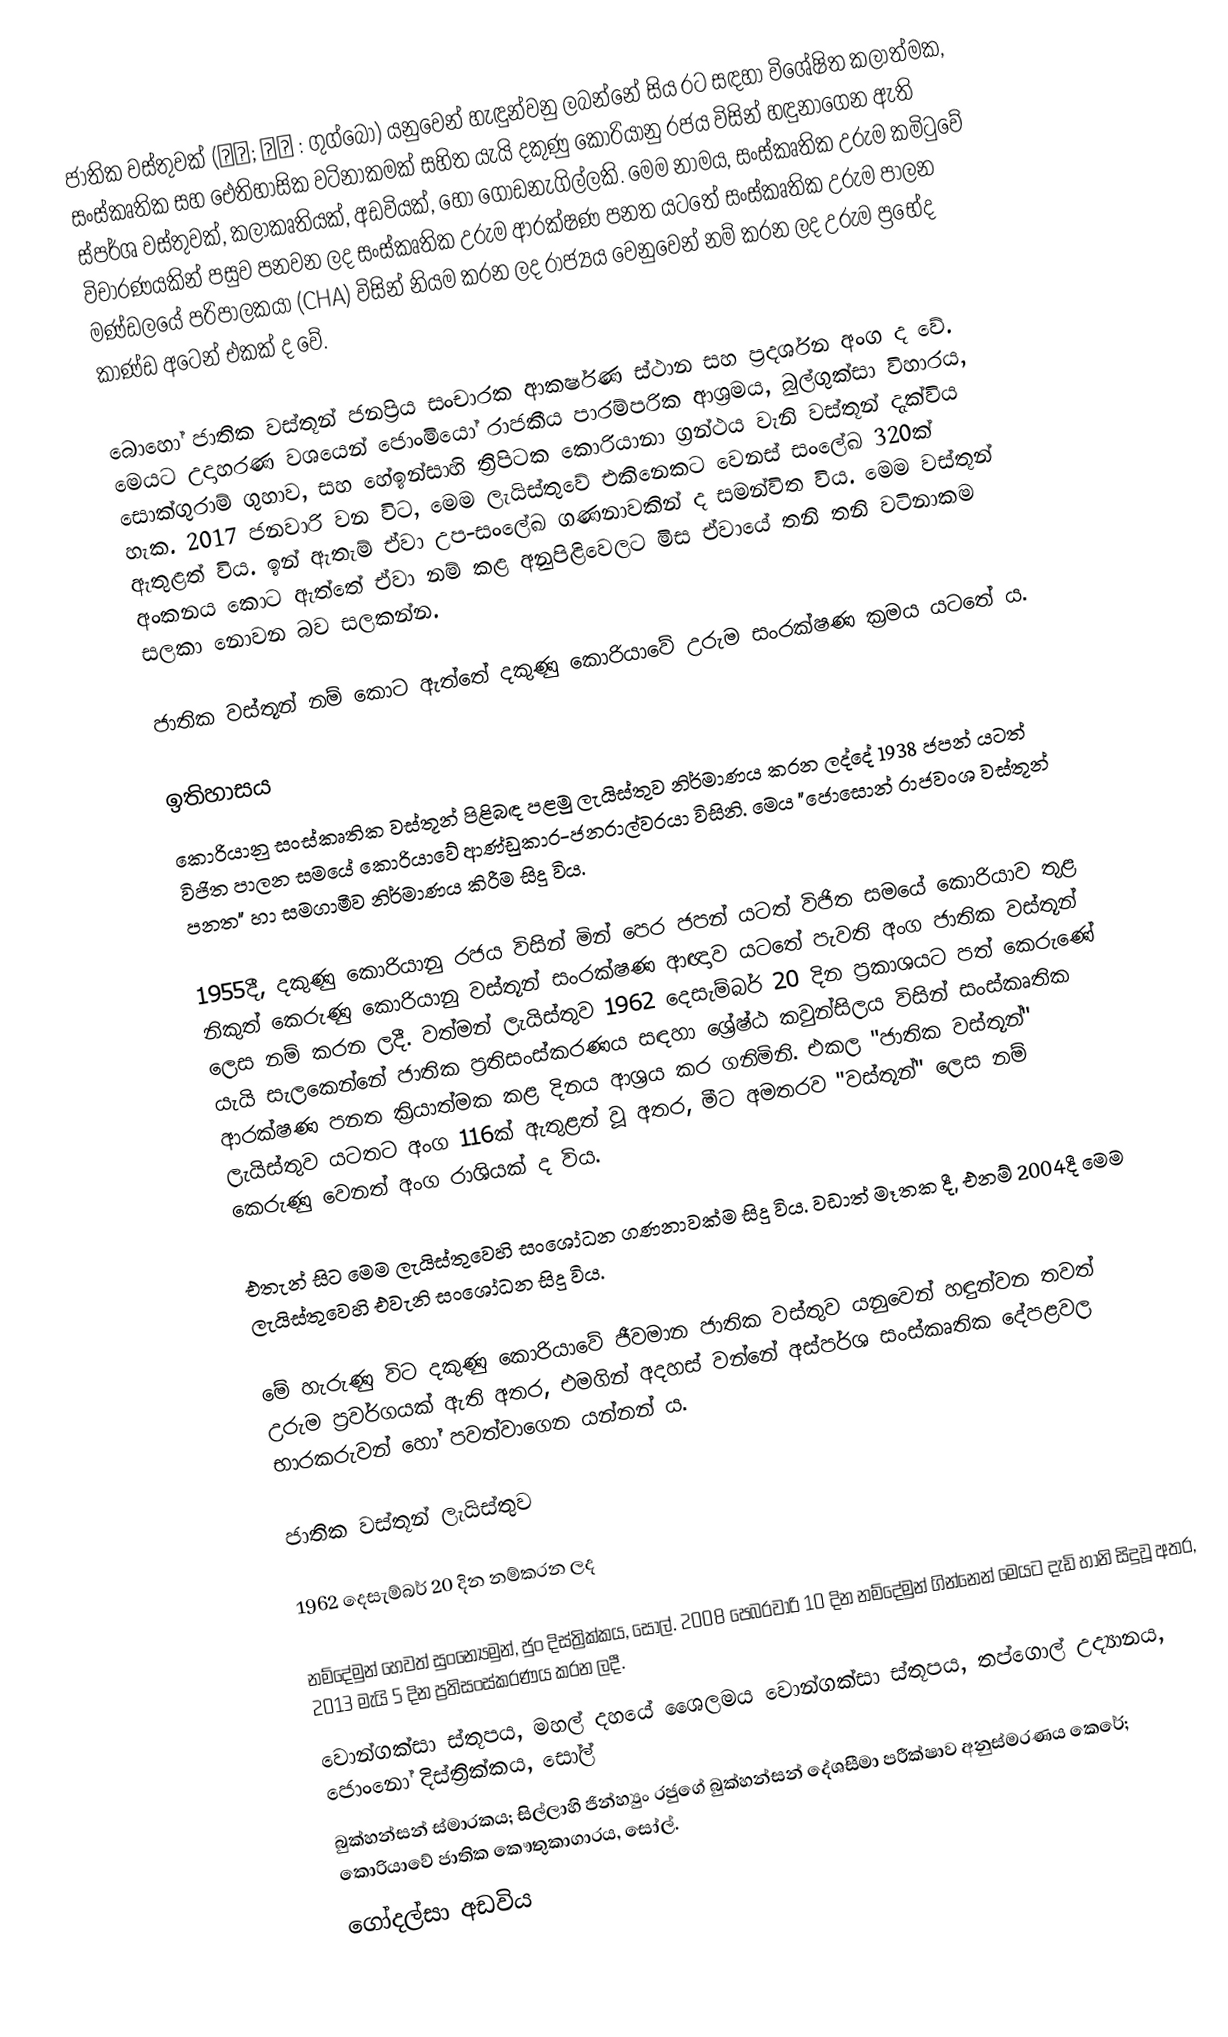
ජාතික වස්තුවක් (국보; 國寶 : ගුග්බෝ) යනුවෙන් හැඳුන්වනු ලබන්නේ සිය රට සඳහා විශේෂිත කලාත්මක, සංස්කෘතික සහ ඓතිහාසික වටිනාකමක් සහිත යැයි දකුණු කොරියානු රජය විසින් හඳුනාගෙන ඇති ස්පර්ශ වස්තුවක්, කලාකෘතියක්, අඩවියක්, හෝ ගොඩනැගිල්ලකි‍. මෙම නාමය, සංස්කෘතික උරුම කමිටුවේ විචාරණයකින් පසුව පනවන ලද සංස්කෘතික උරුම ආරක්ෂණ පනත යටතේ සංස්කෘතික උරුම පාලන මණ්ඩලයේ පරිපාලකයා (CHA) විසින් නියම කරන ලද රාජ්‍යය වෙනුවෙන් නම් කරන ලද උරුම ප්‍රභේද කාණ්ඩ අටෙන් එකක් ද වේ.

බොහෝ ජාතික වස්තූන් ජනප්‍රිය සංචාරක ආකර්ෂණ ස්ථාන සහ ප්‍රදර්ශන අංග ද වේ. මෙයට උදාහරණ වශයෙන් ජොංමියෝ රාජකීය පාරම්පරික ආශ්‍රමය, බුල්ගුක්සා විහාරය, සොක්ගුරාම් ගුහාව, සහ හේඉන්සාහි ත්‍රිපිටක කොරියානා ග්‍රන්ථය වැනි වස්තූන් දැක්විය හැක. 2017 ජනවාරි වන විට, මෙම ලැයිස්තුවේ එකිනෙකට වෙනස් සංලේඛ 320ක් ඇතුළත් විය. ඉන් ඇතැම් ඒවා උප-සංලේඛ ගණනාවකින් ද සමන්විත විය. මෙම වස්තූන් අංකනය කොට ඇත්තේ ඒවා නම් කළ අනුපිළිවෙලට මිස ඒවායේ තනි තනි වටිනාකම සලකා නොවන බව සලකන්න.

ජාතික වස්තූන් නම් කොට ඇත්තේ දකුණු කොරියාවේ උරුම සංරක්ෂණ ක්‍රමය යටතේ ය.

ඉතිහාසය
කොරියානු සංස්කෘතික වස්තූන් පිළිබඳ පළමු ලැයිස්තුව නිර්මාණය කරන ලද්දේ 1938 ජපන් යටත් විජිත පාලන සමයේ කොරියාවේ ආණ්ඩුකාර-ජනරාල්වරයා විසිනි. මෙය "ජොසොන් රාජවංශ වස්තූන් පනත" හා සමගාමීව නිර්මාණය කිරීම සිදු විය.

1955දී, දකුණු කොරියානු රජය විසින් මින් පෙර ජපන් යටත් විජිත සමයේ කොරියාව තුළ නිකුත් කෙරුණු කොරියානු වස්තූන් සංරක්ෂණ ආඥාව යටතේ පැවති අංග ජාතික වස්තූන් ලෙස නම් කරන ලදී. වත්මන් ලැයිස්තුව 1962 දෙසැම්බර් 20 දින ප්‍රකාශයට පත් කෙරුණේ යැයි සැලකෙන්නේ ජාතික ප්‍රතිසංස්කරණය සඳහා ශ්‍රේෂ්ඨ කවුන්සිලය විසින් සංස්කෘතික ආරක්ෂණ පනත ක්‍රියාත්මක කළ දිනය ආශ්‍රය කර ගනිමිනි. එකල "ජාතික වස්තූන්" ලැයිස්තුව යටතට අංග 116ක් ඇතුළත් වූ අතර, මීට අමතරව "වස්තූන්" ලෙස නම් කෙරුණු වෙනත් අංග රාශියක් ද විය.

එතැන් සිට මෙම ලැයිස්තුවෙහි සංශෝධන ගණනාවක්ම සිදු විය. වඩාත් මෑතක දී, එනම් 2004දී  මෙම ලැයිස්තුවෙහි එවැනි සංශෝධන සිදු විය.

මේ හැරුණු විට දකුණු කොරියාවේ ජීවමාන ජාතික වස්තුව යනුවෙන් හඳුන්වන තවත් උරුම ප්‍රවර්ගයක් ඇති අතර, එමගින් අදහස් වන්නේ අස්පර්ශ සංස්කෘතික දේපළවල භාරකරුවන් හෝ පවත්වාගෙන යන්නන් ය.

ජාතික වස්තූන් ලැයිස්තුව

1962 දෙසැම්බර් 20 දින නම්කරන ලද

 නම්දේමුන් හෙවත් සුංන්‍යේමුන්, ජුං දිස්ත්‍රික්කය, සෝල්. 2008 පෙබරවාරි 10 දින නම්දේමුන් ගින්නෙන් මෙයට දැඩි හානි සිදුවූ අතර, 2013 මැයි 5 දින ප්‍රතිසංස්කරණය කරන ලදී.
 වොන්ගක්සා ස්තූපය, මහල් දහයේ ශෛලමය වොන්ගක්සා ස්තූපය, තප්ගොල් උද්‍යානය, ජොංනෝ දිස්ත්‍රික්කය, සෝල්
 බුක්හන්සන් ස්මාරකය; සිල්ලාහි ජින්හ්‍යුං රජුගේ බුක්හන්සන් දේශසීමා පරීක්ෂාව අනුස්මරණය කෙරේ; කොරියාවේ ජාතික කෞතුකාගාරය, සෝල්.
 ගෝදල්සා අඩවිය